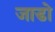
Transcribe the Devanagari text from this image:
जाडो